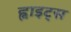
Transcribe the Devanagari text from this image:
ह्वाइट्स